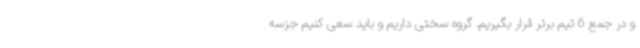
و در جمع 6 تیم برتر قرار بگیریم. گروه سختی داریم و باید سعی کنیم جزسه